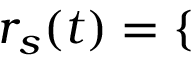
r _ { s } ( t ) = \left\{ \begin{array} { r l r } \end{array} \right.